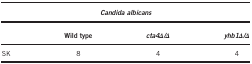
<table><thead><tr><td colspan="4"><b><i>Candida albicans</i></b></td></tr><tr><td><b> </b></td><td><b>Wild type</b></td><td><b><i>cta4Δ/Δ</i></b></td><td><b><i>yhb1Δ/Δ</i></b></td></tr></thead><tbody><tr><td>SK</td><td>8</td><td>4</td><td>4</td></tr></tbody></table>